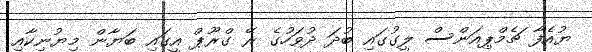
ޔުއެފާ ޗެމްޕިއަންސް ލީގުގައި ބުދަ ދުވަހުގެ ރޭ ގްރޫޕް އީގައި ބަޔާން މިޔުނިކާއި